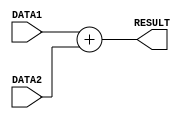
`timescale  1ns/100ps

// Lab05 - ADD module



// implement ADD function using behavioural modeling
module ADD_FUNC(DATA1,DATA2,RESULT);

	input [7:0] DATA1,DATA2; // declare 8 bit input ports
	output [7:0] RESULT; // 8 bit output port decleration

	assign #2 RESULT=  (DATA1+DATA2); // add the values of DATA1 and DATA2 ,assign it to output port RESULT after 2s time delay
	
endmodule //end of the module